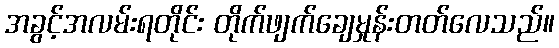
အခွင့်အလမ်းရတိုင်း တိုက်ဖျက်ချေမှုန်းတတ်လေသည်။